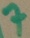
Text: 7